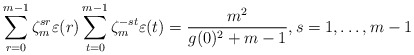
\begin{align*}\sum\limits_{r=0}^{m-1}\zeta_m^{sr}\varepsilon(r)\sum\limits_{t=0}^{m-1}\zeta_m^{-st}\varepsilon(t)=\frac{m^2}{g(0)^2+m-1},s=1,\dots,m-1\end{align*}